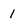
Character: 1